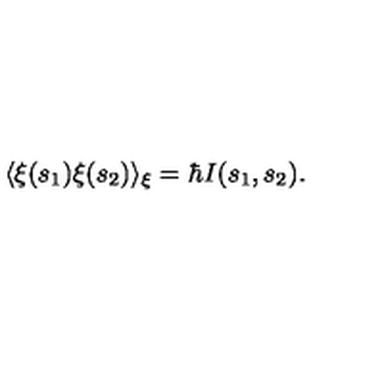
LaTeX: \langle \xi ( s _ { 1 } ) \xi ( s _ { 2 } ) \rangle _ { \xi } = \hbar I ( s _ { 1 } , s _ { 2 } ) .